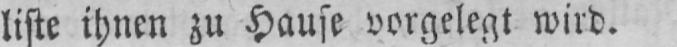
liste ihnen zu Hause vorgelegt wird.